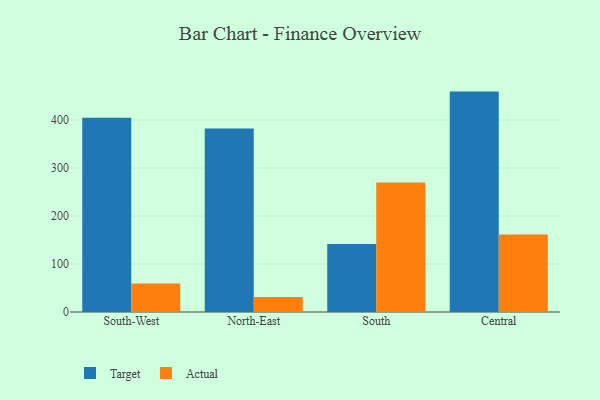
{"axis": {"x": "Region", "y": "Net Income (USD K)"}, "legend": ["Actual", "Target"], "data": [{"x": "South-West", "y": 405.1, "type": "Target"}, {"x": "South-West", "y": 59.6, "type": "Actual"}, {"x": "North-East", "y": 382.7, "type": "Target"}, {"x": "North-East", "y": 31.1, "type": "Actual"}, {"x": "South", "y": 141.5, "type": "Target"}, {"x": "South", "y": 269.8, "type": "Actual"}, {"x": "Central", "y": 459.4, "type": "Target"}, {"x": "Central", "y": 161.6, "type": "Actual"}]}